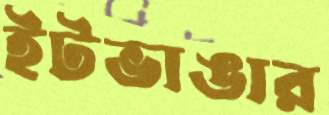
ইটভাঙার